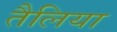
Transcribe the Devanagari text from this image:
तैलिया